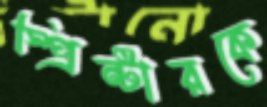
স্প্রিন্টারকে